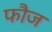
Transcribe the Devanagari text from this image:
फाैज